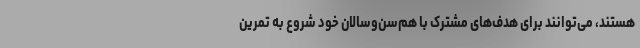
هستند، می‌توانند برای هدف‌های مشترک با هم‌سن‌وسالان خود شروع به تمرین